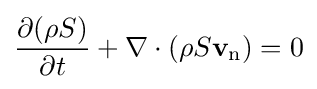
{\frac {\partial (\rho S)}{\partial t}}+\nabla \cdot (\rho S\mathbf {v} _{\text{n}})=0